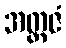
အတ္တဇံ